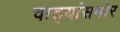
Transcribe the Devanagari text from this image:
वाड्यांसमोर